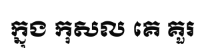
ក្នុង កុសល គេ គួរ